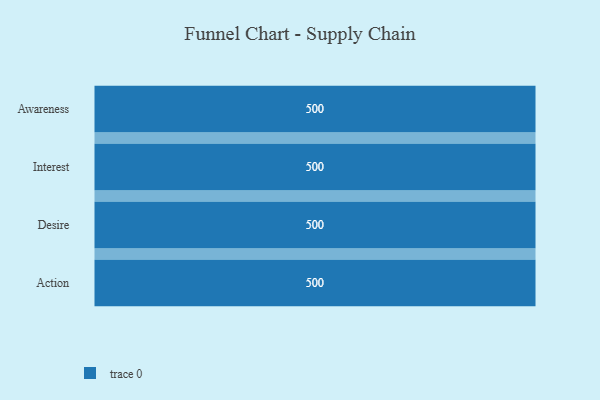
{"axis": {"x": "Stage", "y": "Value"}, "legend": [""], "data": [{"x": "Awareness", "y": 500, "type": ""}, {"x": "Interest", "y": 500, "type": ""}, {"x": "Desire", "y": 500, "type": ""}, {"x": "Action", "y": 500, "type": ""}]}